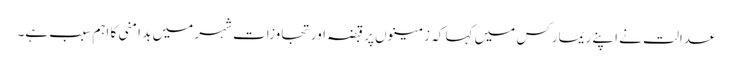
عدالت نے اپنے ریمارکس میں کہا کہ زمینوں پر قبضہ اور تجاوزات شہر میں بد امنی کا اہم سبب ہے۔